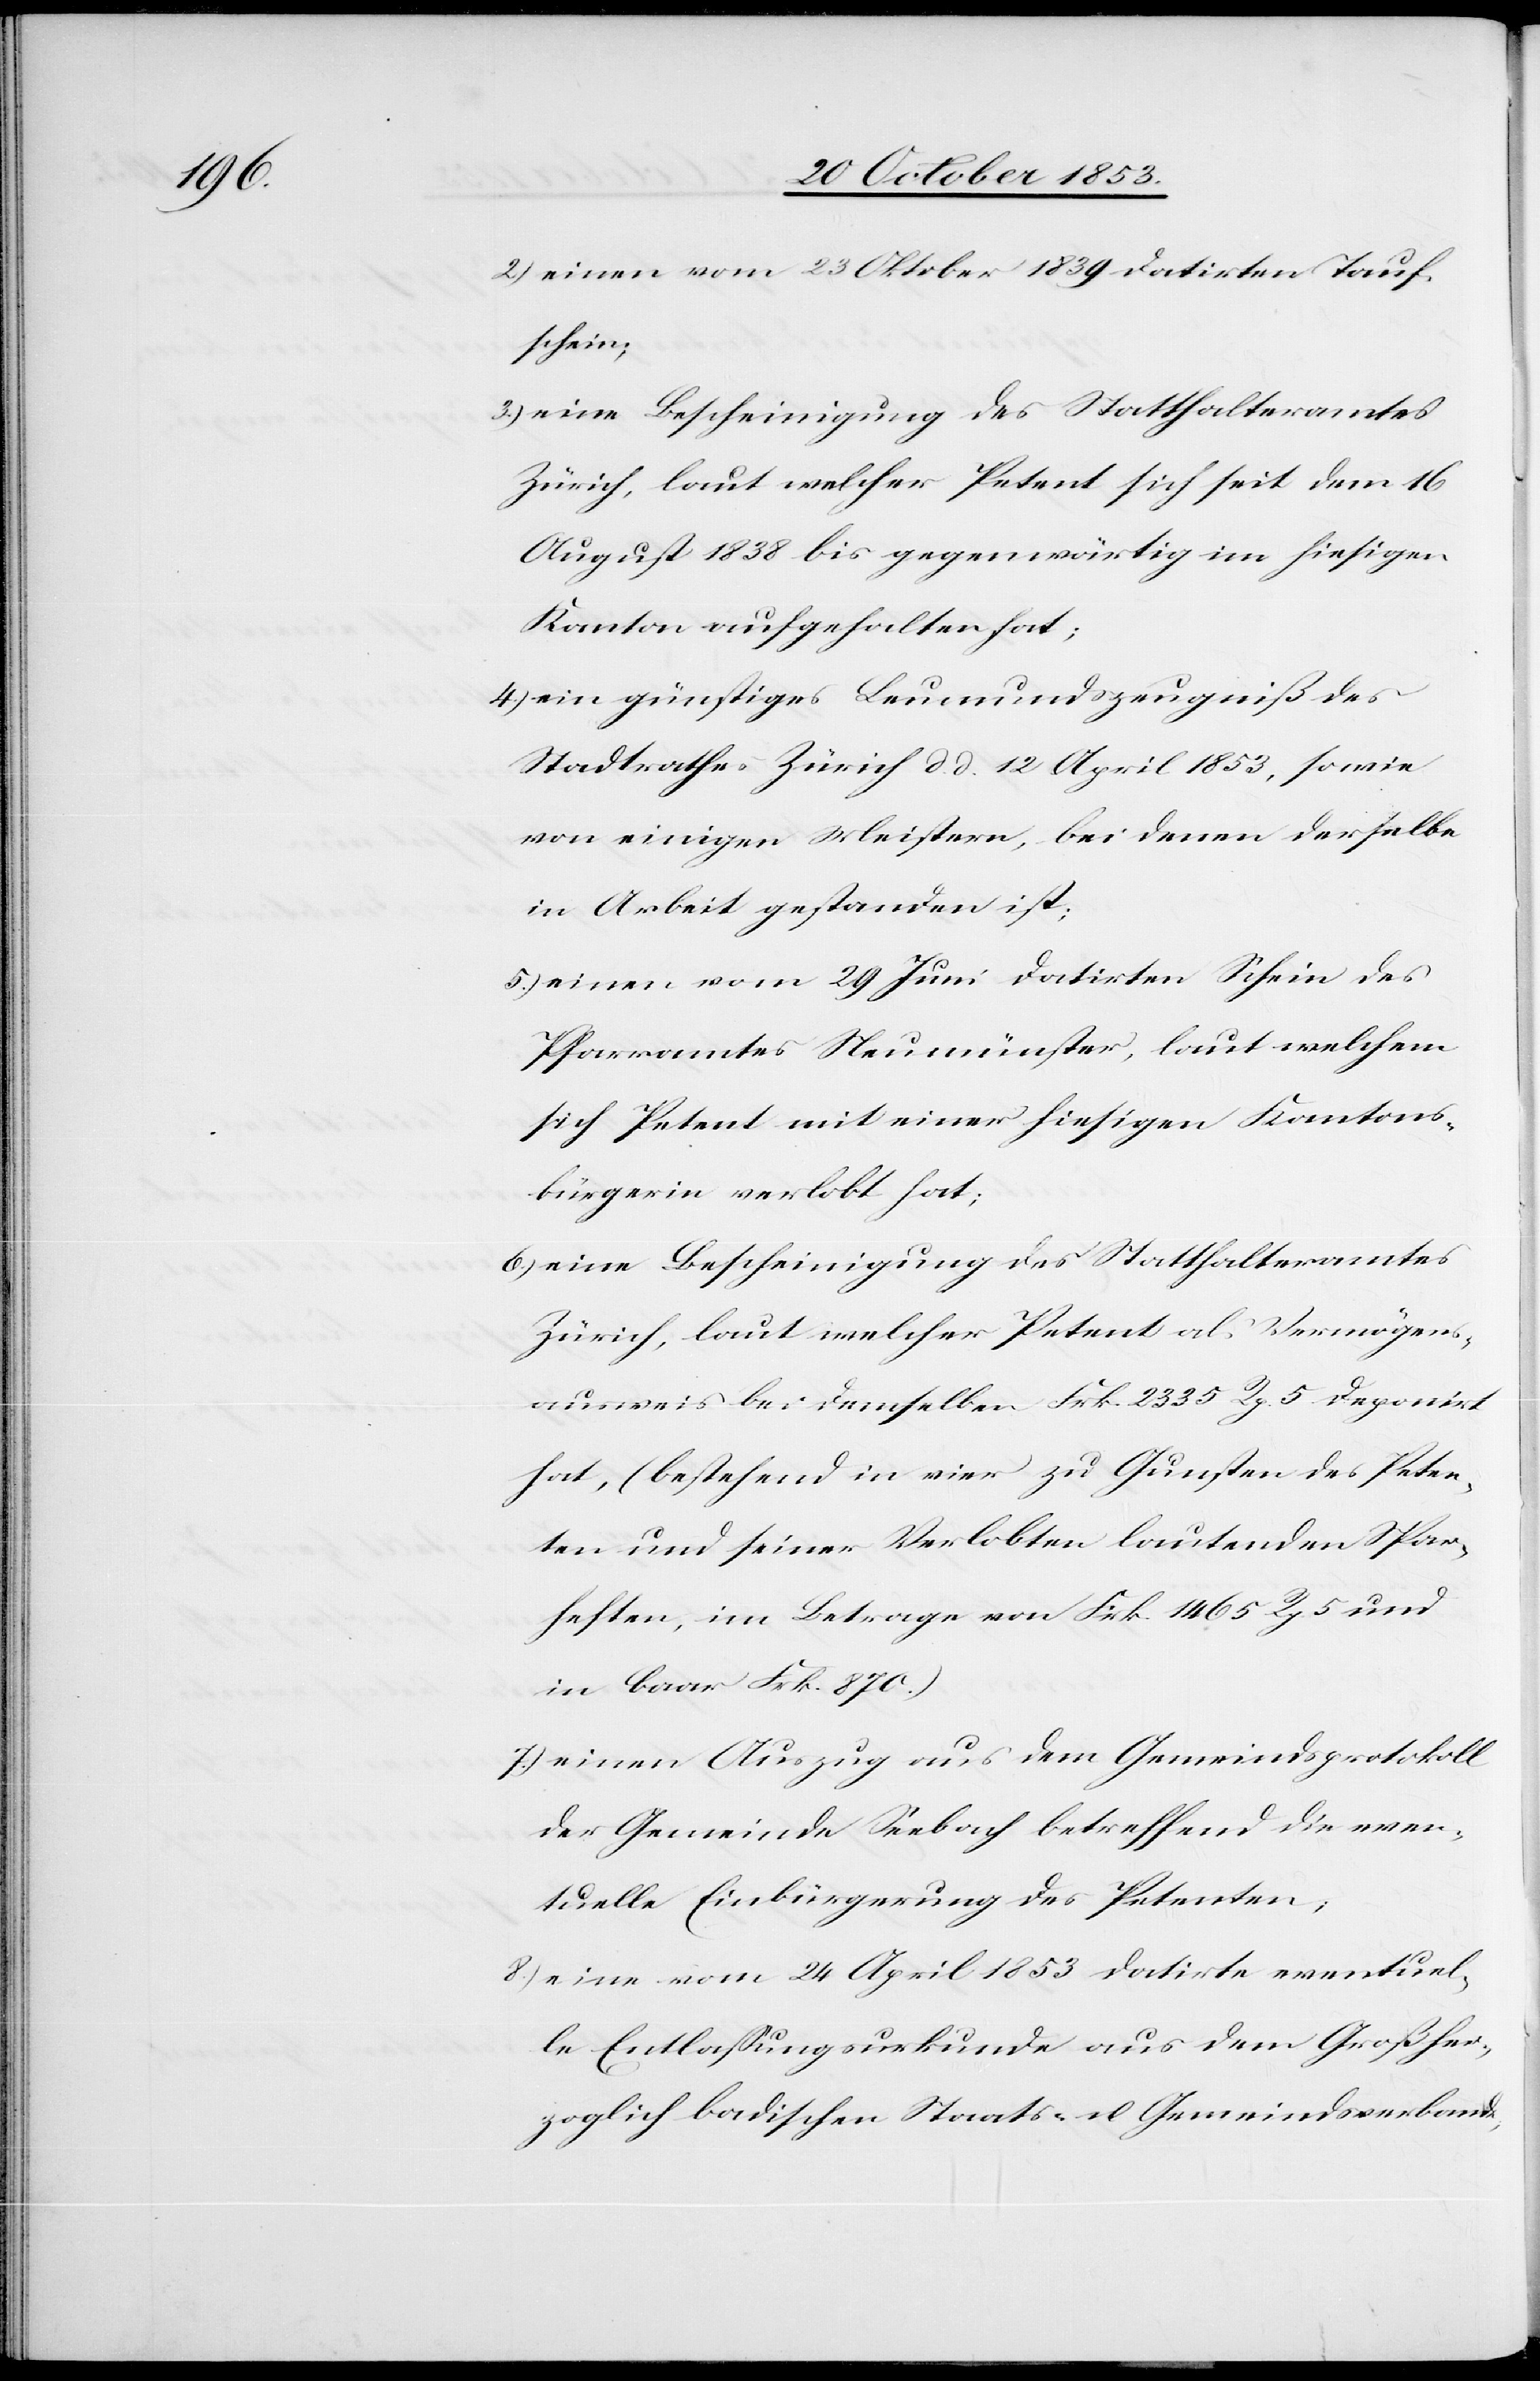
2) einen vom 23 Oktober 1839 datirten Tauf¬
schein;
3) eine Bescheinigung des Statthalteramtes
Zürich, laut welcher Petent sich seit dem 16
August 1838 bis gegenwärtig im hiesigen
Kantone aufgehalten hat;
4) ein günstiges Leumundszeugniß des
Stadtrathes Zürich d. d. 12 April 1853, sowie
von einigen Meistern, bei denen derselbe
in Arbeit gestanden ist;
5.) einen vom 29 Juni datirten Schein des
Pfarramtes Neumünster, laut welchem
sich Petent mit einer hiesigen Kantons¬
bürgerin verlobt hat;
6.) eine Bescheinigung des Statthalteramtes
Zürich, laut welcher Petent als Vermögens¬
ausweis bei demselben Frk. 2335 Rp. 5 deponirt
hat, (bestehend in vier zu Gunsten des Peten¬
ten und seiner Verlobten lautenden Spar¬
heften, im Betrage von Frk. 1465 Rp. 5 und
in baar Frk. 870.)
7.) einen Auszug aus dem Gemeindsprotokoll
der Gemeinde Seebach betreffend die even¬
tuelle Einbürgerung des Petenten,
8.) eine vom 24 April 1835 datirte eventuel¬
le Entlaßungsurkunde aus dem Großher¬
zoglich badischen Staats- u. Gemeindsverbande,